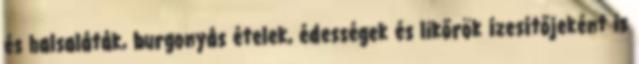
és halsaláták, burgonyás ételek, édességek és likőrök ízesítőjeként is